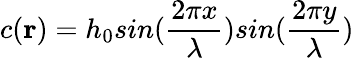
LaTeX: c(\textbf{r})=h_{0}sin(\frac{2\pi x}{\lambda})sin(\frac{2\pi y}{\lambda})